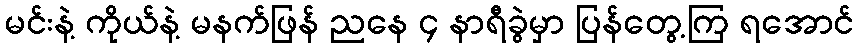
မင်းနဲ့ ကိုယ်နဲ့ မနက်ဖြန် ညနေ ၄ နာရီခွဲမှာ ပြန်တွေ့ကြ ရအောင်